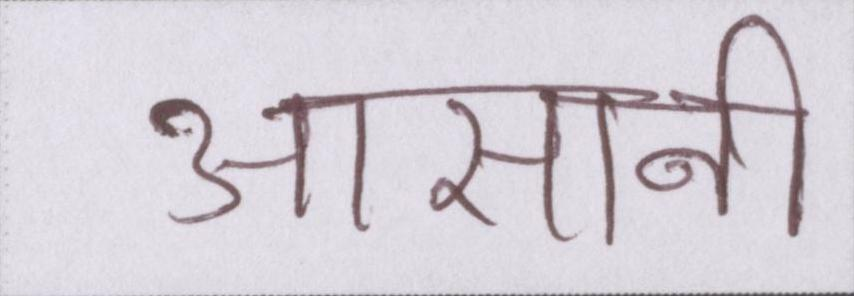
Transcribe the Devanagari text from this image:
आसानी